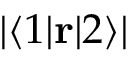
| \langle 1 | \mathbf { r } | 2 \rangle |